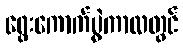
ရွေးကောက်ပွဲကာလတွင်